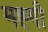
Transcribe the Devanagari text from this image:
मह्गी